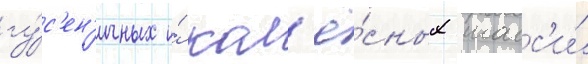
гу́с'ен'ичных и́ кол'ё́сных шасс'и́